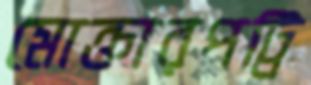
মোক্তারপট্টি